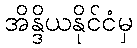
အိန္ဒိယနိုင်ငံမှ